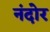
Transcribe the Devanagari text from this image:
नंदोर